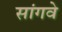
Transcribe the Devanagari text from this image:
सांगवे